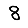
Digit: 8